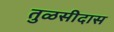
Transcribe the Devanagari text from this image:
तुळसीदास